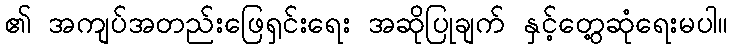
၏ အကျပ်အတည်းဖြေရှင်းရေး အဆိုပြုချက် နှင့်တွေ့ဆုံရေးမပါ။